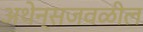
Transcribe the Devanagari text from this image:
अथेन्सजवळील